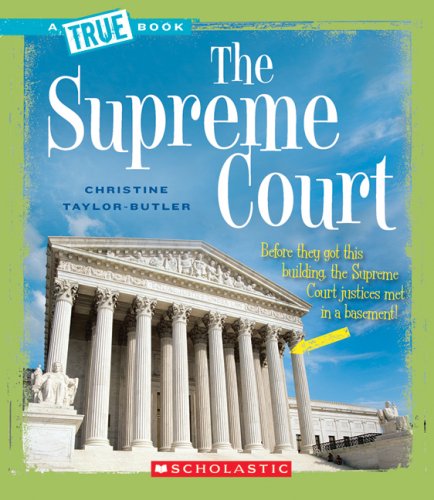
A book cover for The Supreme Court (True Books: American History); Christine Taylor-Butler; Children's Books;